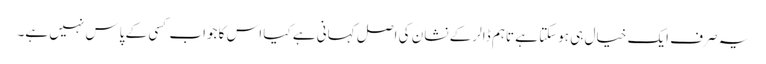
یہ صرف ایک خیال ہی ہوسکتا ہے تاہم ڈالر کے نشان کی اصل کہانی ہے کیا اس کا جواب کسی کے پاس نہیں ہے۔